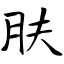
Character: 肤